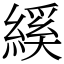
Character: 縘